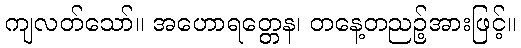
ကျလတ်သော်။ အဟောရတ္တေန၊ တနေ့တညဉ့်အားဖြင့်။